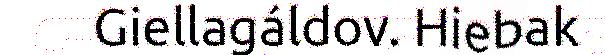
Giellagáldov. Hiebak